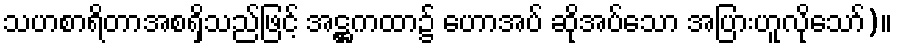
သဟစာရိတာအစရှိသည်ဖြင့် အဋ္ဌကထာ၌ ဟောအပ် ဆိုအပ်သော အပြားဟူလိုသော်)။